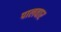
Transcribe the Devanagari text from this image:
पालवार